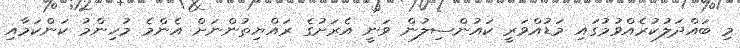
މި ބައްދަލުކުރެއްވުމުގައި މަޑުއްވަރީ ކައުންސިލުން ވަނީ އެރަށުގެ ރައްޔިތުންނަށް އެންމެ މުހިންމު ކަންކަމާއި